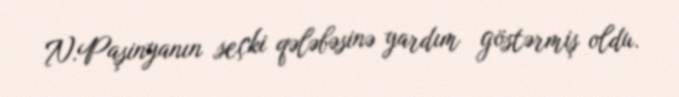
N.Paşinyanın seçki qələbəsinə yardım göstərmiş oldu.